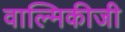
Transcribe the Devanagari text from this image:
वाल्‍मिकीजी